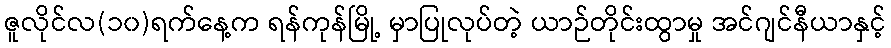
ဇူလိုင်လ(၁၀)ရက်နေ့က ရန်ကုန်မြို့ မှာပြုလုပ်တဲ့ ယာဉ်တိုင်းထွာမှု အင်ဂျင်နီယာနှင့်